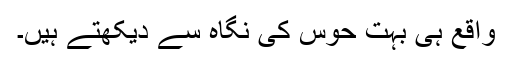
واقع ہی بہت حوس کی نگاہ سے دیکھتے ہیں۔